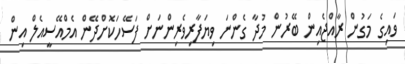
ވައިގެ މަގުން ރާއްޖެއިން ބޭރުން މުދާ ގެންނަ ވިޔަފާރިވެރިންނަށް ފަސޭހަކޮށްދޭން އެމްއޭސީއެލް އިން